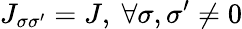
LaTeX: J_{\sigma\sigma^{\prime}}=J,\ \forall\sigma,\sigma^{\prime}\neq 0